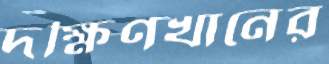
দক্ষিণখানের